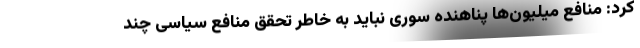
کرد: منافع میلیون‌ها پناهنده سوری نباید به خاطر تحقق منافع سیاسی چند